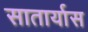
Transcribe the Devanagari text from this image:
सातार्यास